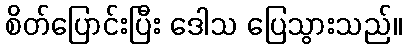
စိတ်ပြောင်းပြီး ဒေါသ ပြေသွားသည်။